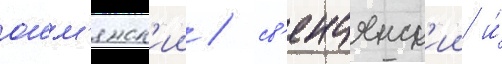
ошм'янск'ии / св'енцянск'ии и́